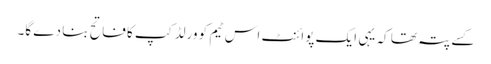
کسے پتہ تھا کہ یہی ایک پوائنٹ اس ٹیم کو ورلڈ کپ کا فاتح بنا دے گا۔